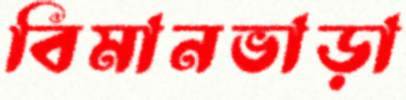
বিমানভাড়া